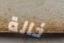
خالة